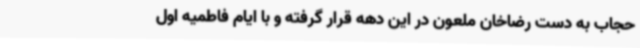
حجاب به دست رضاخان ملعون در این دهه قرار گرفته و با ایام فاطمیه اول